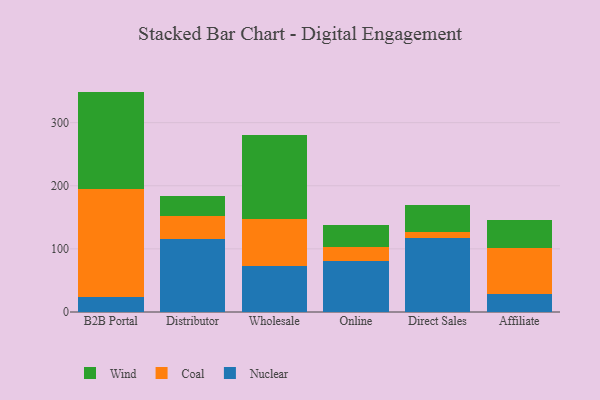
{"axis": {"x": "Channel", "y": "Bounce Rate (%)"}, "legend": ["Coal", "Nuclear", "Wind"], "data": [{"x": "B2B Portal", "y": 23.4, "type": "Nuclear"}, {"x": "B2B Portal", "y": 171.9, "type": "Coal"}, {"x": "B2B Portal", "y": 153.9, "type": "Wind"}, {"x": "Distributor", "y": 115.0, "type": "Nuclear"}, {"x": "Distributor", "y": 37.8, "type": "Coal"}, {"x": "Distributor", "y": 31.0, "type": "Wind"}, {"x": "Wholesale", "y": 73.5, "type": "Nuclear"}, {"x": "Wholesale", "y": 74.5, "type": "Coal"}, {"x": "Wholesale", "y": 132.2, "type": "Wind"}, {"x": "Online", "y": 81.4, "type": "Nuclear"}, {"x": "Online", "y": 21.0, "type": "Coal"}, {"x": "Online", "y": 36.0, "type": "Wind"}, {"x": "Direct Sales", "y": 117.3, "type": "Nuclear"}, {"x": "Direct Sales", "y": 8.8, "type": "Coal"}, {"x": "Direct Sales", "y": 43.6, "type": "Wind"}, {"x": "Affiliate", "y": 28.5, "type": "Nuclear"}, {"x": "Affiliate", "y": 72.3, "type": "Coal"}, {"x": "Affiliate", "y": 45.5, "type": "Wind"}]}